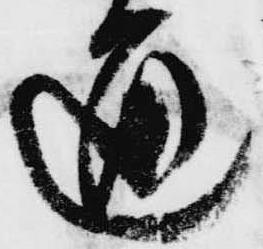
通